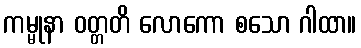
ကမ္မုနာ ဝတ္တတိ လောကော စသော ဂါထာ။